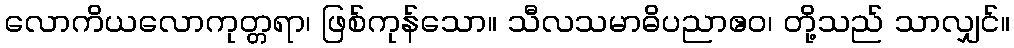
လောကိယလောကုတ္တရာ၊ ဖြစ်ကုန်သော။ သီလသမာဓိပညာဧဝ၊ တို့သည် သာလျှင်။